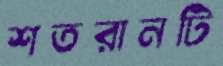
শতরানটি